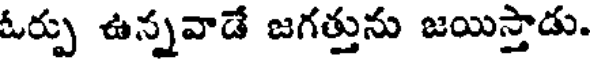
ఓర్పు ఉన్నవాడే జగత్తును జయిస్తాడు.